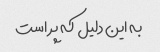
به این دلیل که پر است